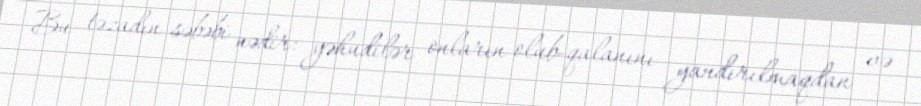
Bu təzadın səbəbi nədir: yəhudilər onların olub-qalanını yandırılmaqdan və